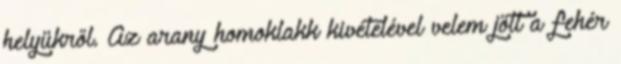
helyükről. Az arany homoklakk kivételével velem jött a fehér